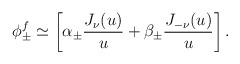
LaTeX: \begin{align*}\phi_\pm^f \simeq \left [ \alpha_\pm {J_\nu(u) \over u} + \beta_\pm {J_{-\nu}(u) \over u} \right ].\end{align*}